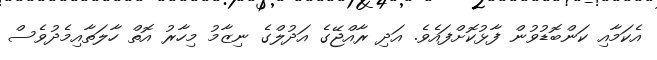
އެކަމާއި ކަންބޮޑުވުން ފާޅުކޮށްފައެވެ. އަދި ރާއްޖޭގެ އަދުލްގެ ނިޒާމު މިހާރު އޮތް ހާލަތާއިމެދުވެސް